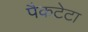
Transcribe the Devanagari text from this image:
पैकटेटा